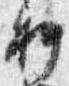
料